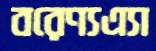
বরেণ্যএ্যা